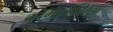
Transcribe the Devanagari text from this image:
क्रोमेटाफोरेस